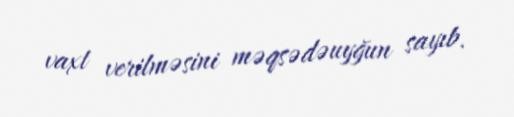
vaxt verilməsini məqsədəuyğun sayıb.